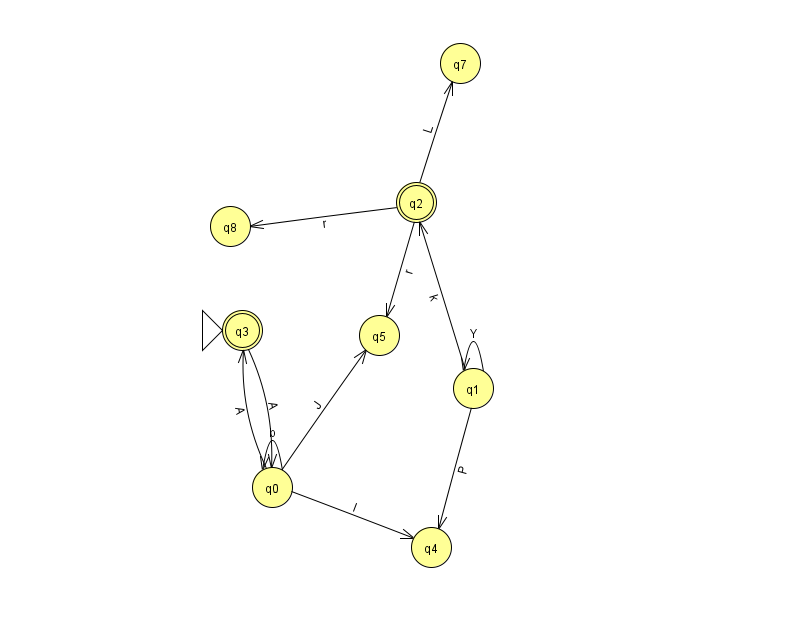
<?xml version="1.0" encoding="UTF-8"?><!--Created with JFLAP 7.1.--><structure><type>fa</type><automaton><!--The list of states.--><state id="0" name="q0"><x>272.0</x><y>474.0</y></state><state id="1" name="q1"><x>473.0</x><y>375.0</y></state><state id="2" name="q2"><x>416.0</x><y>189.0</y><final/></state><state id="3" name="q3"><x>242.0</x><y>317.0</y><initial/><final/></state><state id="4" name="q4"><x>431.0</x><y>534.0</y></state><state id="5" name="q5"><x>379.0</x><y>322.0</y></state><state id="7" name="q7"><x>460.0</x><y>50.0</y></state><state id="8" name="q8"><x>230.0</x><y>213.0</y></state><!--The list of transitions.--><transition><from>0</from><to>3</to><read>A</read></transition><transition><from>3</from><to>0</to><read>A</read></transition><transition><from>1</from><to>2</to><read>k</read></transition><transition><from>0</from><to>0</to><read>b</read></transition><transition><from>2</from><to>5</to><read>r</read></transition><transition><from>2</from><to>7</to><read>L</read></transition><transition><from>0</from><to>5</to><read>J</read></transition><transition><from>2</from><to>8</to><read>r</read></transition><transition><from>1</from><to>1</to><read>Y</read></transition><transition><from>0</from><to>4</to><read>l</read></transition><transition><from>1</from><to>4</to><read>P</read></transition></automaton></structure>